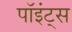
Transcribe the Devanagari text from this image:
पॉइंट्‌स